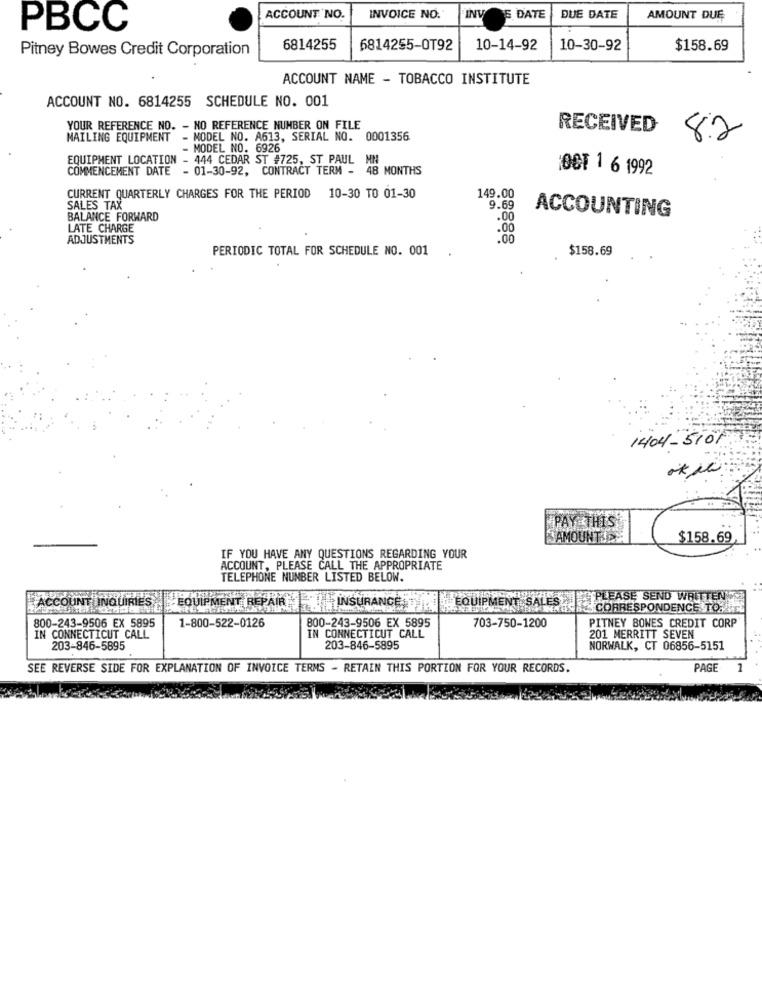
ACCOUNT NO.
INVOICE NO.
INV
E DATE
DUE DATE
AMOUNT DUE
PBCC
6814255
6814255-OT92
10-14-92
10-30-92
$158.69
Pitney Bowes Credit Corporation
ACCOUNT NAME - TOBACCO INSTITUTE
ACCOUNT NO. 6814255 SCHEDULE NO. 001
YOUR REFERENCE NO. - NO REFERENCE NUMBER ON FILE
RECEIVED
MAILING EQUIPMENT - MODEL NO. A613, SERIAL NO. 0001356
8.2
- MODEL NO. 6926
EQUIPMENT LOCATION - 444 CEDAR ST #725, ST PAUL MN
COMMENCEMENT DATE - 01-30-92, CONTRACT TERM - 48 MONTHS
OCT 1 6 1992
CURRENT QUARTERLY CHARGES FOR THE PERIOD 10-30 TO 01-30
149.00
SALES TAX
9.69
ACCOUNTING
BALANCE FORWARD
.00
LATE CHARGE
.00
ADJUSTMENTS
.00
PERIODIC TOTAL FOR SCHEDULE NO. 001
$158.69
1404-5101
PAY THIS
SAMOUNTIDY
$158.69
IF YOU HAVE ANY QUESTIONS REGARDING YOUR
ACCOUNT, PLEASE CALL THE APPROPRIATE
TELEPHONE NUMBER LISTED BELOW.
ACCOUNT INQUIRIES
EQUIPMENT SALES
PLEASE SEND WRITTEN
EQUIPMENT REPAIR INSURANCE
CORRESPONDENCE TO.
800-243-9506 EX 5895
800-243-9506 EX 5895
1-800-522-0126
703-750-1200
PITNEY BOWES CREDIT CORP
IN CONNECTICUT CALL
IN CONNECTICUT CALL
201 MERRITT SEVEN
203-846-5895
203-846-5895
NORWALK, CT 06856-5151
SEE REVERSE SIDE FOR EXPLANATION OF INVOICE TERMS - RETAIN THIS PORTION FOR YOUR RECORDS.
PAGE